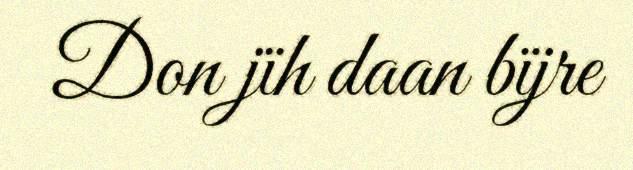
Don jïh daan bïjre